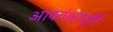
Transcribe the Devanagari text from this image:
आकांक्षापूर्ति